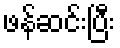
ဖန်ဆင်းပြီး